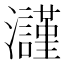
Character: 𤄲